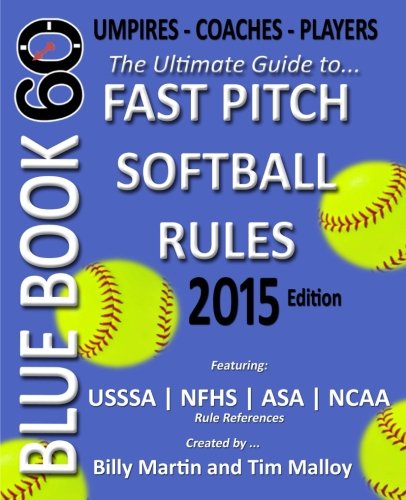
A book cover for Blue Book 60 - Fast Pitch Softball Rules - 2015: The Ultimate Guide to (NCAA - NFHS - ASA - USSSA) Fast Pitch Softball Rules; Billy Martin; Sports & Outdoors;